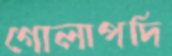
গোলাপদি